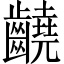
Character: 䶧